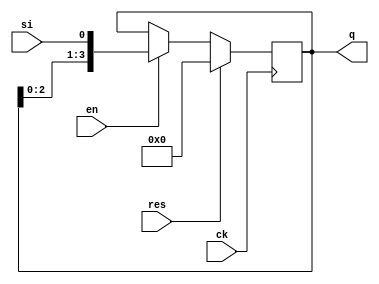
module Seri_Par_cat( ck, res, en, si, q);
input ck, res, en, si;
output [3:0] q;
reg [3:0] q;

always @( posedge ck ) begin
    if ( res )
        q <= 4'h0;
    else if ( en )
        q <= { q, si };
end 
endmodule